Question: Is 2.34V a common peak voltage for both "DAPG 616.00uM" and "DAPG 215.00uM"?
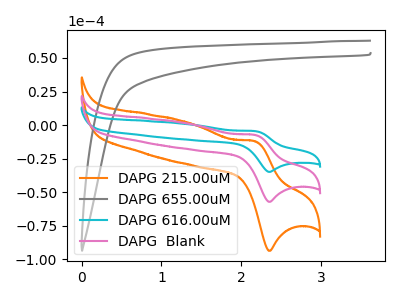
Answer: <think>The orange curve "DAPG 215.00uM" has an anodic peak at (2.15V, -12.05uA) and a cathodic peak at (2.35V, -93.60uA). The gray curve "DAPG 655.00uM" has no peaks. The cyan curve "DAPG 616.00uM" has an anodic peak at (2.15V, -14.75uA) and a cathodic peak at (2.35V, -114.25uA). The pink curve "DAPG  Blank" has an anodic peak at (2.15V, -7.35uA) and a cathodic peak at (2.35V, -57.15uA).</think>
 <answer>Yes, "DAPG 616.00uM" and "DAPG 215.00uM" share a peak at 2.34V.</answer>
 <eval>match</eval>